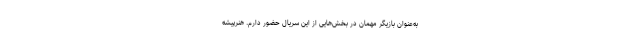
به‌عنوان بازیگر مهمان در بخش‌هایی از این سریال حضور دارم. هنرپیشه